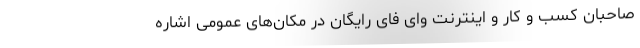
صاحبان کسب و کار و اینترنت وای فای رایگان در مکان‌های عمومی اشاره